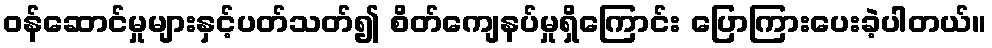
ဝန်ဆောင်မှုများနှင့်ပတ်သတ်၍ စိတ်ကျေနပ်မှုရှိကြောင်း ပြောကြားပေးခဲ့ပါတယ်။